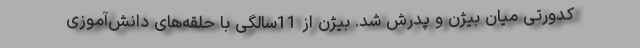
كدورتی میان بیژن و پدرش شد. بیژن از 11سالگی با حلقه‌های دانش‌آموزی